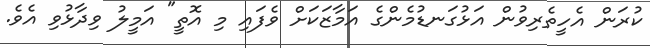
ކުރަން އެހީތެރިވުން އަޅުގަނޑުމެންގެ އަމާޒަކަށް ވެފައި މި އޮތީ" އަމީލު ވިދާޅުވި އެވެ.